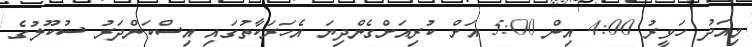
މިއަދު ހަވީރު 4:00 އިން 5:00 އަށް ކުރިއަށްގެންދިޔަ އެހަރަކާތުގައި އިސްކަންދަރު ސުކޫލުގެ